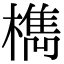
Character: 檇